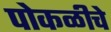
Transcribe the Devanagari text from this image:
पोकळीचे